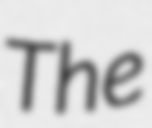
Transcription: The